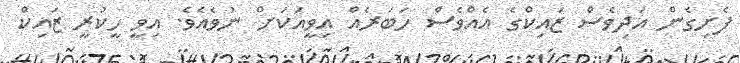
ފެށިގެން އަދިވެސް ޒައިކްގެ އެއްވެސް ހަބަރެއް އިވީއަކަށް ނުވެއެވެ. އިވީ ހީކުރީ ޒައިކް